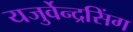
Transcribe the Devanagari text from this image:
यजुर्वेन्द्रसिंग